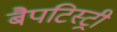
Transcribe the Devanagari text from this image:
बैपटिस्ट्री